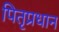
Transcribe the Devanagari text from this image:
पितृप्रधान